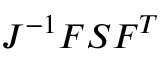
J ^ { - 1 } { \boldsymbol { F } } { \boldsymbol { S } } { \boldsymbol { F } } ^ { T }